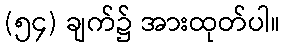
(၅၄) ချက်၌ အားထုတ်ပါ။